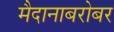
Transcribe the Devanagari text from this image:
मैदानाबरोबर